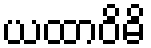
ယထာဝိဓိ